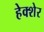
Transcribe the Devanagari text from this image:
हेक्शेर